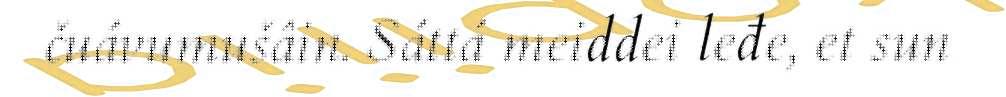
čuávumušâin. Sáttá meiddei leđe, et sun